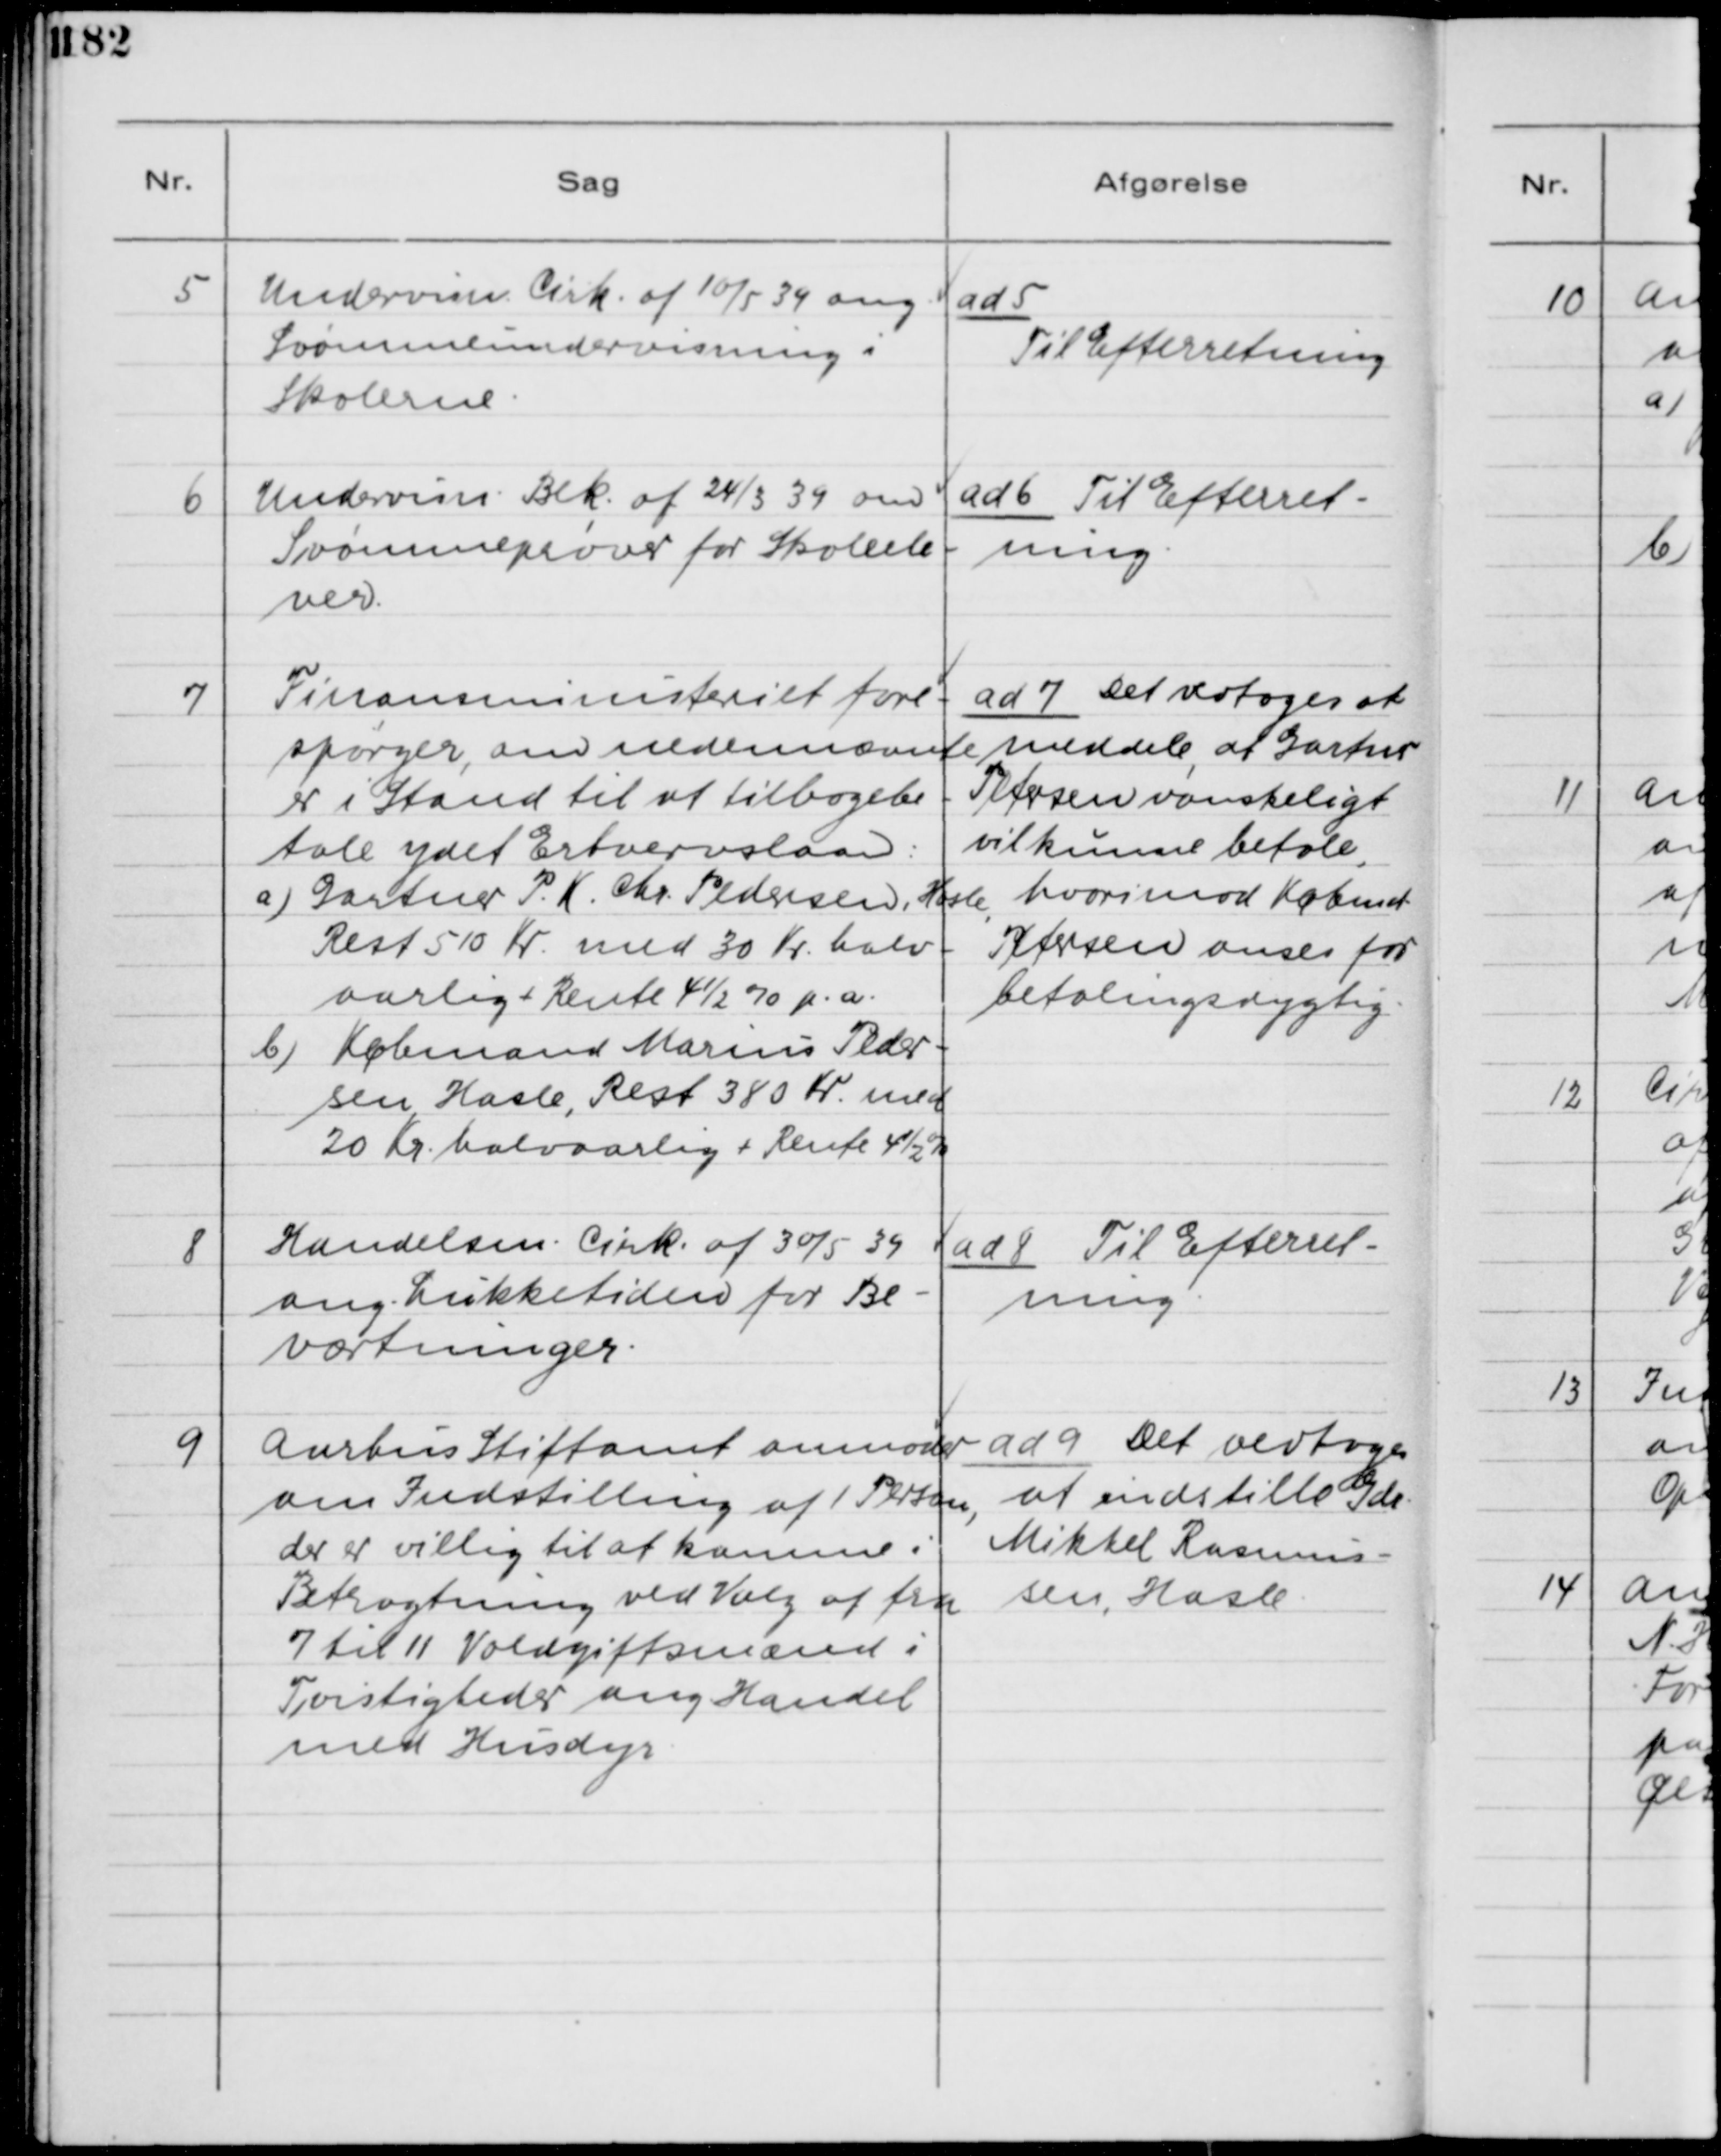
Transskription:
5

Undervisn. Cirk. af 10/5 1939 ang.
Svømmeundervisning i
Skolerne.

ad 5.
Til Efterretning

6

Undervisn. Bek. af 24/3 39 om
Svømmeprøver for Skoleele-
ver.

ad 6. Til Efterret-
ning

7

Finansministeriet fore-
spørger, om nedennævnte
er i Stand til at tlbagebe-
tale ydet Erhvervslaan:
a) Gartner P. K. Pedersen, Hasle,
Rest 510 Kr. med 30 Kr. halv-
aarlig + Rente 4 1/2 % p.a.
b) Købmand Marius Peder-
sen, Hasle, Rest 380 Kr. med
20 Kr. halvaarlig i Rente 4 1/2 %

ad 7. Det vedtoges at
meddele, at Gartner
Petersen vanskeligt
vil kunne betale,
hvorimod Købmand
Petersen anses for
betalingsdygtig.

8

Handelsm. Cirk. af 30/5 39
ang. Lukketiden for Be-
værtninger.

ad 8. Til Efterret-
ning.

9

Aarhus Stiftamt anmoder
om Indstilling af 1 Person,
der er villig til at komme i
Betragtning ved Valg af fra
7 til 11 Voldgiftsmænd i
Tvistigheder ang. Handel
med Husdyr.

ad 9. Det vedtoges
at indstille Gdr.
Mikkel Rasmus-
sen, Hasle